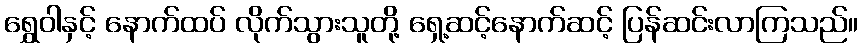
ရွှေဝါနှင့် နောက်ထပ် လိုက်သွားသူတို့ ရှေ့ဆင့်နောက်ဆင့် ပြန်ဆင်းလာကြသည်။